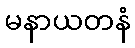
မနာယတနံ